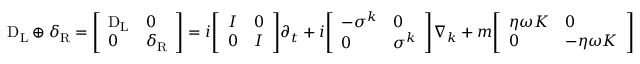
\mathrm { D } _ { \mathrm { { L } } } \oplus \delta _ { \mathrm { { R } } } = { \left[ \begin{array} { l l } { \mathrm { D } _ { \mathrm { { L } } } } & { 0 } \\ { 0 } & { \delta _ { \mathrm { { R } } } } \end{array} \right] } = i { \left[ \begin{array} { l l } { I } & { 0 } \\ { 0 } & { I } \end{array} \right] } \partial _ { t } + i { \left[ \begin{array} { l l } { - \sigma ^ { k } } & { 0 } \\ { 0 } & { \sigma ^ { k } } \end{array} \right] } \nabla _ { k } + m { \left[ \begin{array} { l l } { \eta \omega K } & { 0 } \\ { 0 } & { - \eta \omega K } \end{array} \right] }